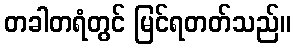
တခါတရံတွင် မြင်ရတတ်သည်။